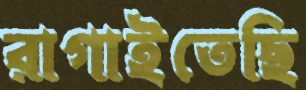
রাগাইতেছি